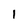
Character: 1